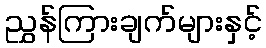
ညွှန်ကြားချက်များနှင့်